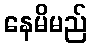
နေမိမည်